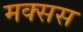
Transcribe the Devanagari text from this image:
मक्सस